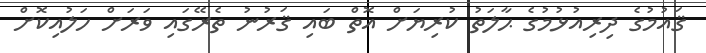
ޤައުމުގެ ދިރިއުޅުމުގެ ޙާލަތު ކުރިޔަށް އޮތް ބައި ޤަރުނު ތެރޭގައި ވަރަށް ހަލުއިކޮށް